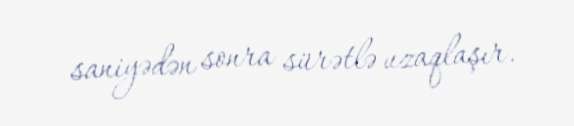
saniyədən sonra sürətlə uzaqlaşır.